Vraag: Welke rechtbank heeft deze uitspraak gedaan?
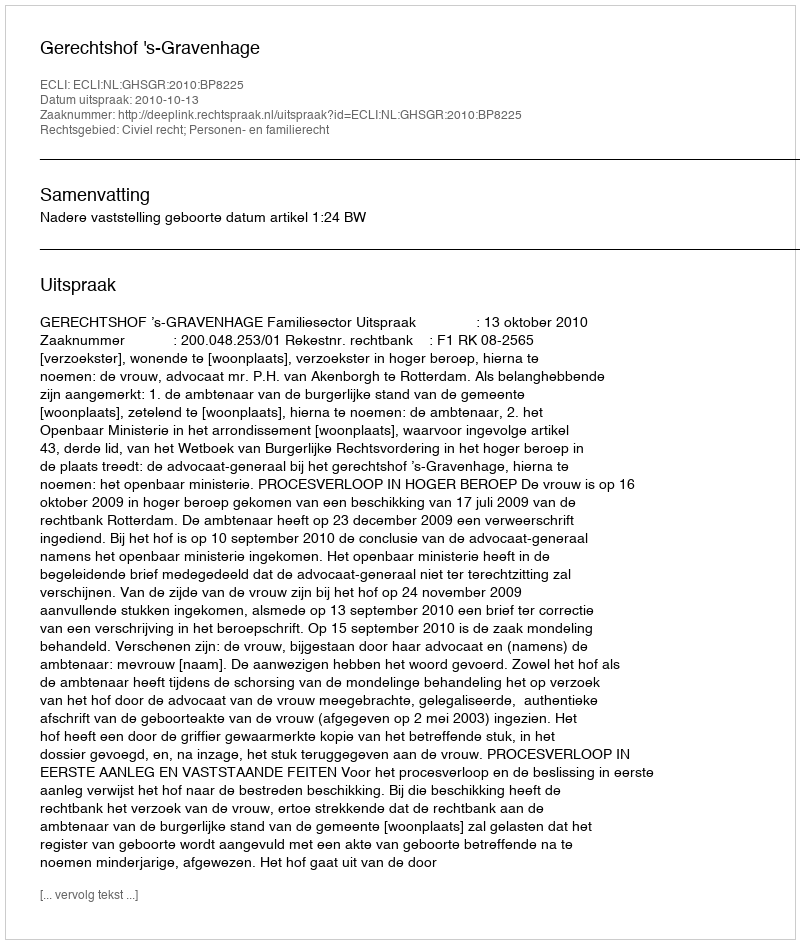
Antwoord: Gerechtshof 's-Gravenhage